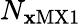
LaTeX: N_{\mathbf{x}\mathrm{{MX1}}}